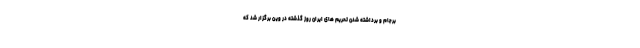
برجام و برداشته شدن تحریم های ایران روز گذشته در وین برگزار شد که